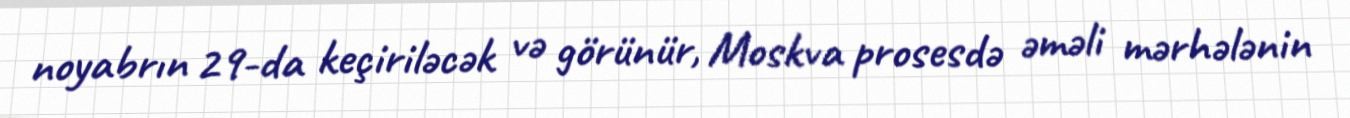
noyabrın 29-da keçiriləcək və görünür, Moskva prosesdə əməli mərhələnin